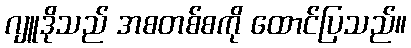
ဂျူဒိုသည် အစတစ်စကို ထောင်ပြသည်။